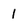
Character: I